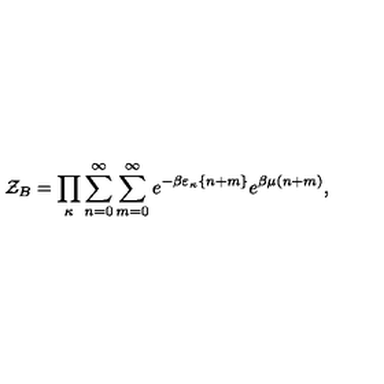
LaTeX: { \cal Z } _ { B } = \prod _ { \kappa } \sum _ { n = 0 } ^ { \infty } \sum _ { m = 0 } ^ { \infty } e ^ { - \beta \varepsilon _ { \kappa } \{ n + m \} } e ^ { \beta \mu ( n + m ) } ,